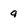
Character: 9